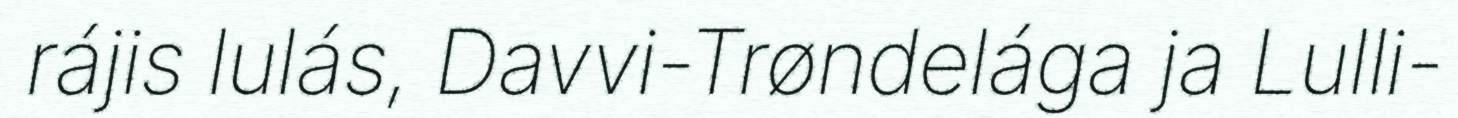
rájis lulás, Davvi-Trøndelága ja Lulli-